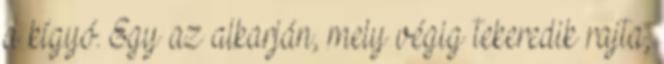
a kígyó. Egy az alkarján, mely végig tekeredik rajta,